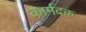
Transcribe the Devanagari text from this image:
कार्मदक